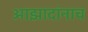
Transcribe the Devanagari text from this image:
आझादांनाच